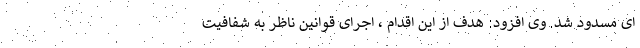
ای مسدود شد. وی افزود: هدف از این اقدام ، اجرای قوانین ناظر به شفافیت